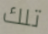
تلك